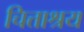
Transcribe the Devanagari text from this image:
चित्ताश्रय